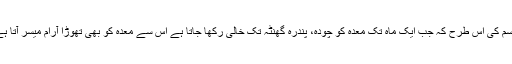
جسم کی اس طرح کہ جب ایک ماہ تک معدہ کو چودہ، پندرہ گھنٹہ تک خالی رکھا جاتا ہے اس سے معدہ کو بھی تھوڑا آرام میسر آتا ہے۔